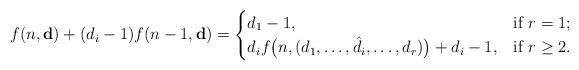
LaTeX: \begin{align*}f(n,\mathbf{d})+(d_{i}-1)f(n-1,\mathbf{d})=\begin{cases}d_1-1,& \mbox{if}\ r=1;\\d_i f\big(n,(d_1,\dots,\hat{d_i},\dots,d_r)\big)+d_i-1,& \mbox{if}\ r\geq 2.\end{cases}\end{align*}